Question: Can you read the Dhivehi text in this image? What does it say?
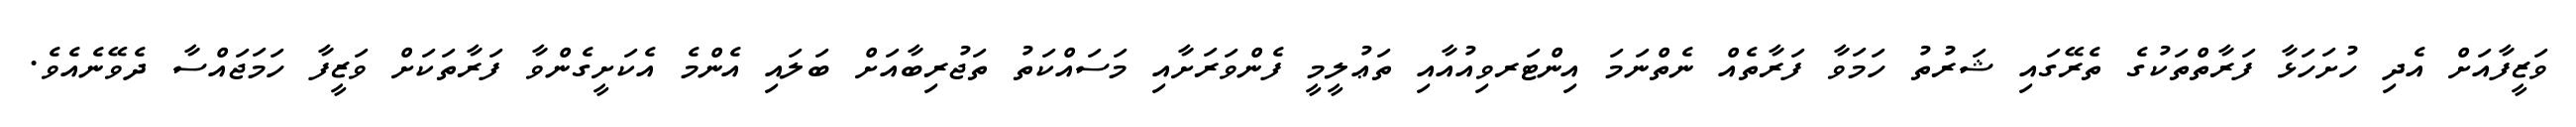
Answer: ވަޒީފާއަށް އެދި ހުށަހަޅާ ފަރާތްތަކުގެ ތެރޭގައި ޝަރުތު ހަމަވާ ފަރާތެއް ނެތްނަމަ އިންޓަރވިއުއާއި ތަޢުލީމީ ފެންވަރަށާއި މަސައްކަތު ތަޖުރިބާއަށް ބަލައި އެންމެ އެކަށީގެންވާ ފަރާތަކަށް ވަޒީފާ ހަމަޖައްސާ ދެވޭނެއެވެ.